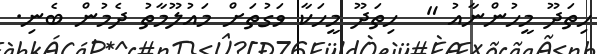
ހިތަދޫ މީހުންނާއު "  ހިތަދޫ މީހަކާ ވަގުތަށް މައުލޫމާތު ދެމުން ބެނި.